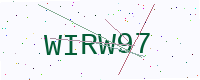
Text: WIRW97